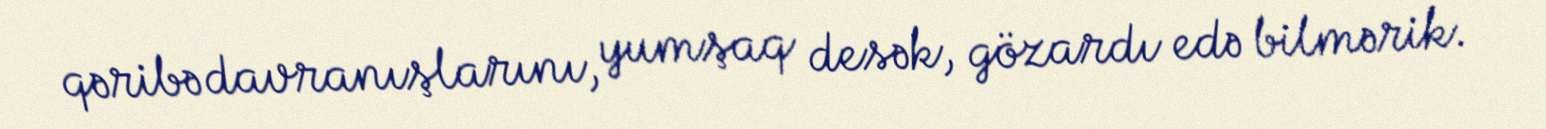
qəribə davranışlarını, yumşaq desək, gözardı edə bilmərik.